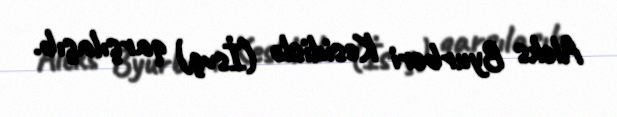
Aleks Byurberi Kesidislə (İsvç) qarşılaşıb.